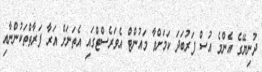
ދުނިޔޭގެ އެންމެ އުސް ފަރުބަދަ ކަމަށްވާ މައުންޓް އެވަރެސްޓްގައި އެތަނަށް އަރާ ފަރާތްތަކުންނާއި